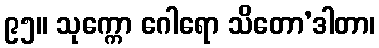
၉၅။ သုက္ကော ဂေါရော သိတော’ဒါတာ၊